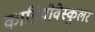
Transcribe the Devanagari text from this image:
कार्डियोवेस्कुलर